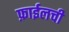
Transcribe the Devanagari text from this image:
फ़ाईलची